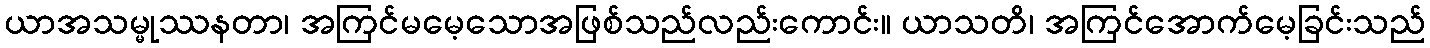
ယာအသမ္မုဿနတာ၊ အကြင်မမေ့သောအဖြစ်သည်လည်းကောင်း။ ယာသတိ၊ အကြင်အောက်မေ့ခြင်းသည်